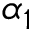
\alpha _ { 1 }